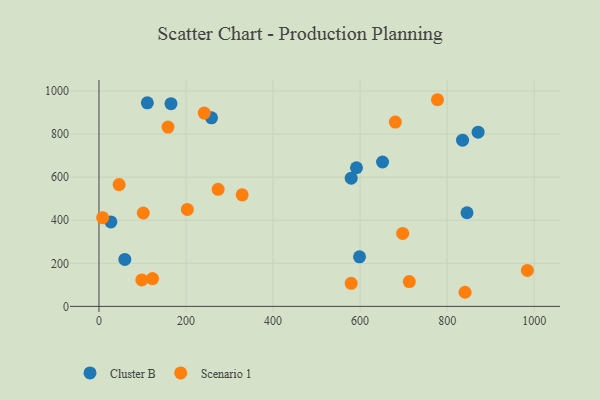
{"axis": {"x": "Speed", "y": "Exam Score"}, "legend": ["Cluster B", "Scenario 1"], "data": [{"x": "651.6", "y": 670.2, "type": "Cluster B"}, {"x": "579.6", "y": 595.0, "type": "Cluster B"}, {"x": "59.4", "y": 217.9, "type": "Cluster B"}, {"x": "27.4", "y": 392.1, "type": "Cluster B"}, {"x": "591.7", "y": 643.6, "type": "Cluster B"}, {"x": "598.7", "y": 230.0, "type": "Cluster B"}, {"x": "165.5", "y": 941.0, "type": "Cluster B"}, {"x": "871.2", "y": 808.8, "type": "Cluster B"}, {"x": "835.5", "y": 771.7, "type": "Cluster B"}, {"x": "258.6", "y": 875.5, "type": "Cluster B"}, {"x": "111.2", "y": 944.8, "type": "Cluster B"}, {"x": "845.7", "y": 434.7, "type": "Cluster B"}, {"x": "329.0", "y": 517.8, "type": "Scenario 1"}, {"x": "680.9", "y": 855.6, "type": "Scenario 1"}, {"x": "158.6", "y": 832.2, "type": "Scenario 1"}, {"x": "984.4", "y": 166.8, "type": "Scenario 1"}, {"x": "841.1", "y": 65.5, "type": "Scenario 1"}, {"x": "579.5", "y": 107.0, "type": "Scenario 1"}, {"x": "46.3", "y": 565.3, "type": "Scenario 1"}, {"x": "8.4", "y": 412.0, "type": "Scenario 1"}, {"x": "777.8", "y": 959.4, "type": "Scenario 1"}, {"x": "98.4", "y": 123.0, "type": "Scenario 1"}, {"x": "203.0", "y": 449.9, "type": "Scenario 1"}, {"x": "123.0", "y": 129.1, "type": "Scenario 1"}, {"x": "273.8", "y": 543.4, "type": "Scenario 1"}, {"x": "241.9", "y": 897.5, "type": "Scenario 1"}, {"x": "713.0", "y": 115.2, "type": "Scenario 1"}, {"x": "697.8", "y": 338.9, "type": "Scenario 1"}, {"x": "101.8", "y": 433.6, "type": "Scenario 1"}]}